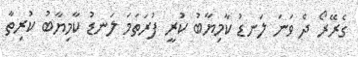
ގެރޭރޯ ދެ ވަނަ ލަނޑު ކާމިޔާބު ކުރީ ފުރަތަމަ ލަނޑު ކާމިޔާބު ކުރިތާ